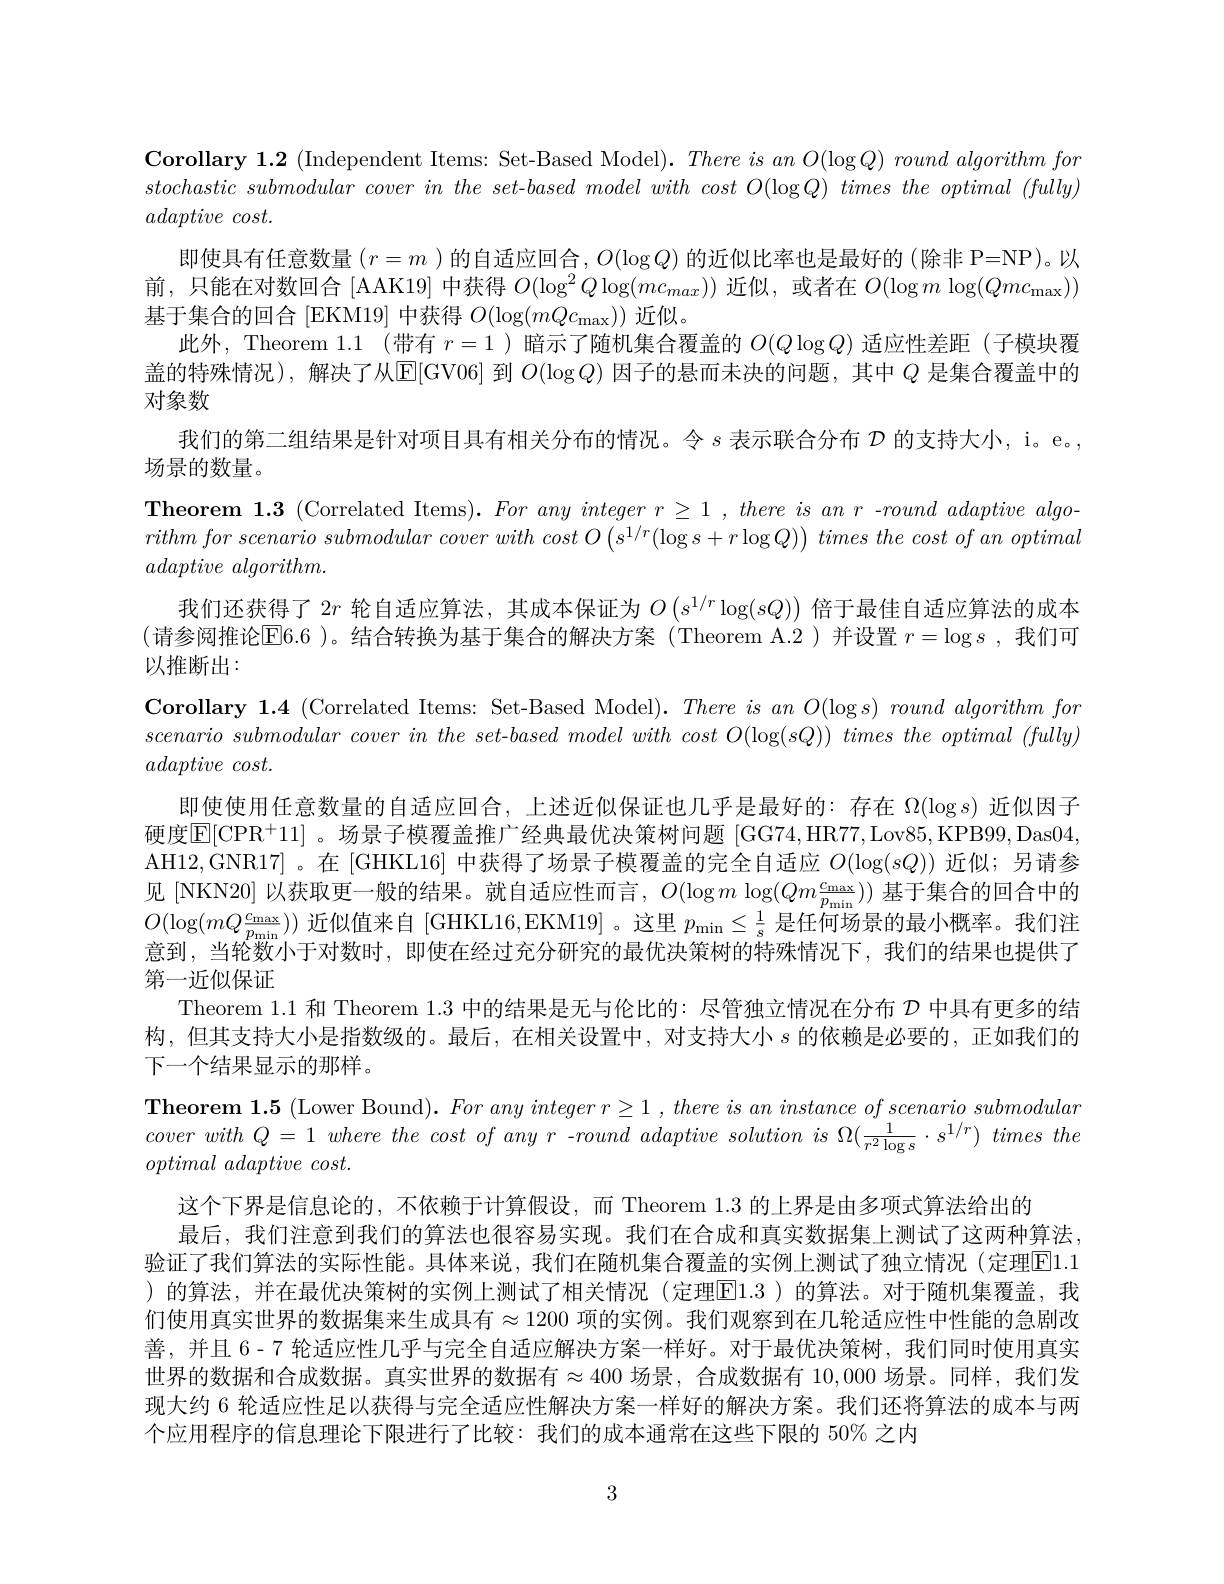
$\textbf{Corollary 1.2 (Independent Items: Set-Based Model).There is an O(\log Q) round algorithm for}$ stochastic submodular cover $in$ the $set- based$ model with cost $O( \log Q)$ times the optimal $( fully)$ $adaptive\textit{cost. }$
即使具有任意数量$(r=m$ )的自适应回合，$O(\log Q)$的近似比率也是最好的 (除非 P=NP)。以前，只能在对数回合[AAK19] 中获得$O(\log^2Q\log(mc_{max}))$近似，或者在$O(\log m\log(Qmc_{\max}))$ 基于集合的回合 [EKM19] 中获得$O(\log(mQc_\mathrm{max}))$近似。
此外，Theorem 1.1 (带有$r=1$ )暗示了随机集合覆盖的$O(Q\log Q)$适应性差距 (子模块覆盖的特殊情况),解决了从$\operatorname{E}[\operatorname{GV06}]$到$O(\log Q)$因子的悬而未决的问题，其中$Q$是集合覆盖中的对象数
我们的第二组结果是针对项目具有相关分布的情况。令$s$表示联合分布$\mathcal{D}$的支持大小，i。e。,
场景的数量。
Theorem 1.3 (Correlated Items). $Foranyintegerr\geq1,thereisanr$ -roundadaptivealgorithmforscenario submodular cover with cost $O\left ( s^{1/ r}( \log s+ r\log Q) \right )$ times the cost $of$ $an$ optimal $adaptive\textit{ algorithm}.$
我们还获得了$2r$轮自适应算法，其成本保证为$O\left(s^{1/r}\log(sQ)\right)$倍于最佳自适应算法的成本(请参阅推论$\mathsf E6.6$ )。结合转换为基于集合的解决方案 (Theorem A.2 )并设置 $r=\log s$ ,我们可以推断出：
Corollary 1.4 (Correlated Items: Set-Based Model). $ThereisanO( \log s) \textit{round algorithm for}$ scenario submodular cover $in$ the $set- based$ model with cost $O( \log ( sQ) )$ times the optimal $( fully)$ $adaptive\textit{cost. }$
即使使用任意数量的自适应回合，上述近似保证也几乎是最好的：存在$\Omega(\log s)$近似因子硬度$\overline{\mathrm{E}}[$CPR$^+11]$ 。场景子模覆盖推广经典最优决策树问题 [GG74,HR77,Lov85,KPB99,Das04, AH12,GNR17]。在[GHKL16] 中获得了场景子模覆盖的完全自适应$O(\log(sQ))$近似；另请参见 [NKN20] 以获取更一般的结果。就自适应性而言，$O(\log m\log(Qm\frac{\mathrm{c}_{\mathrm{max}}}{p_{\mathrm{min}}}))$基于集合的回合中的$O(\log(mQ\frac{c_\mathrm{max}}{p_\mathrm{min}}))$近似值来自 [GHKL16,EKM19]。这里$p_\mathrm{min}\leq\frac1\mathrm{s}$是任何场景的最小概率。我们注意到，当轮数小于对数时，即使在经过充分研究的最优决策树的特殊情况下，我们的结果也提供了第一近似保证
Theorem 1.1 和 Theorem 1.3中的结果是无与伦比的：尽管独立情况在分布$\mathcal{D}$中具有更多的结构，但其支持大小是指数级的。最后，在相关设置中，对支持大小$s$ 的依赖是必要的，正如我们的下一个结果显示的那样。
Theorem 1.5 (Lower Bound). $Foranyintegerr\geq1,thereisaninstanceofscenariosubmodular$ cover with $Q= 1$ where the cost $of$ any $r$ $- round$ adaptive solution $is$ $\Omega ( \frac 1{r^{2}\log s}\cdot s^{1/ r})$ times the optimal adaptive $cost.$
这个下界是信息论的，不依赖于计算假设，而 Theorem 1.3 的上界是由多项式算法给出的
最后，我们注意到我们的算法也很容易实现。我们在合成和真实数据集上测试了这两种算法， 验证了我们算法的实际性能。具体来说，我们在随机集合覆盖的实例上测试了独立情况(定理|E|1.1 )的算法，并在最优决策树的实例上测试了相关情况(定理|El.3 )的算法。对于随机集覆盖，我们使用真实世界的数据集来生成具有$\approx1200$ 项的实例。我们观察到在几轮适应性中性能的急剧改善，并且 6-7 轮适应性几乎与完全自适应解决方案一样好。对于最优决策树，我们同时使用真实世界的数据和合成数据。真实世界的数据有$\approx400$ 场景，合成数据有 10,000 场景。同样，我们发现大约 6 轮适应性足以获得与完全适应性解决方案一样好的解决方案。我们还将算法的成本与两个应用程序的信息理论下限进行了比较：我们的成本通常在这些下限的 50% 之内

3